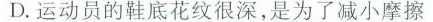
D. 运动员的鞋底花纹很深，是为了减小摩擦